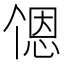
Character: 𬻹